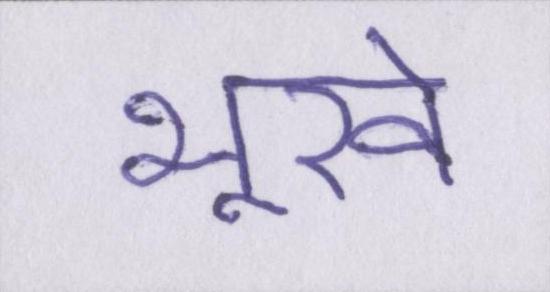
भूखे